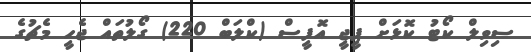
ސިވިލް ކޯޓު ކޮޅަށް ޕީޖީ އޮފީސް (ކްލަބް 220) ގޯލުތައް ޖެހީ މެޗުގެ